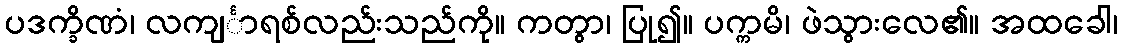
ပဒက္ခိဏံ၊ လကျင်္ာရစ်လည်းသည်ကို။ ကတွာ၊ ပြု၍။ ပက္ကမိ၊ ဖဲသွားလေ၏။ အထခေါ၊